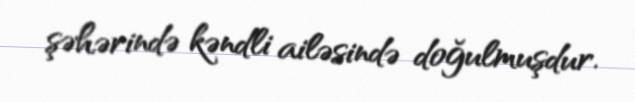
şəhərində kəndli ailəsində doğulmuşdur.